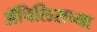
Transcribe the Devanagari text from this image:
ॲचिलिसच्या